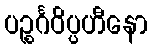
ပဉ္စင်္ဂဝိပ္ပဟီနော